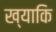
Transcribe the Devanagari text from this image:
ख्याकि